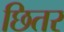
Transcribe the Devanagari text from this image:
छितर